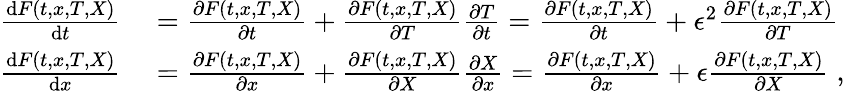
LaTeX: \begin{array}{rl}{\frac{\mathrm{d}F(t,x,T,X)}{\mathrm{d}t}}&{{}=\frac{\partial F(t,x,T,X)}{\partial t}+\frac{\partial F(t,x,T,X)}{\partial T}\frac{\partial T}{\partial t}=\frac{\partial F(t,x,T,X)}{\partial t}+\epsilon^{2}\frac{\partial F(t,x,T,X)}{\partial T}}\\ {\frac{\mathrm{d}F(t,x,T,X)}{\mathrm{d}x}}&{{}=\frac{\partial F(t,x,T,X)}{\partial x}+\frac{\partial F(t,x,T,X)}{\partial X}\frac{\partial X}{\partial x}=\frac{\partial F(t,x,T,X)}{\partial x}+\epsilon\frac{\partial F(t,x,T,X)}{\partial X}\; ,}\end{array}